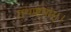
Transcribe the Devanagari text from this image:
तथाष्टमम्।।